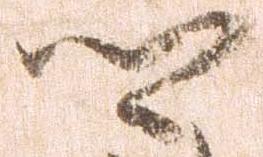
郷